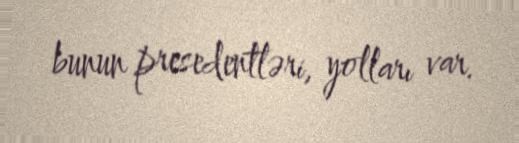
bunun presedentləri, yolları var.